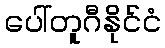
ပေါ်တူဂီနိုင်ငံ